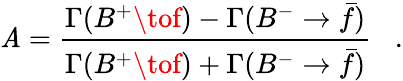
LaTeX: \mathit{A}={\frac{{\Gamma(B^{+}\tof)-\Gamma(B^{-}\to\bar{{f}})}}{{\Gamma(B^{+}\tof)+\Gamma(B^{-}\to\bar{{f}})}}}\; \; \; .